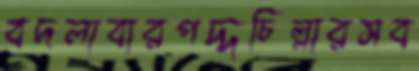
বদলাবারপদ্দচিল্লারসব